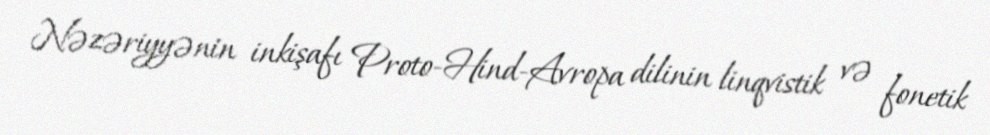
Nəzəriyyənin inkişafı Proto-Hind-Avropa dilinin linqvistik və fonetik